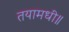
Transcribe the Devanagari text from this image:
तयामधी॥